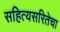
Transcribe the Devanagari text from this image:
सहित्यसरितेचा